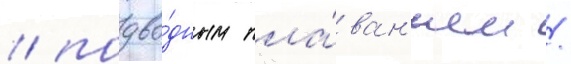
/ подво́дным пла́ван'ием /